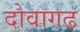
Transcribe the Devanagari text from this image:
दोवागढ